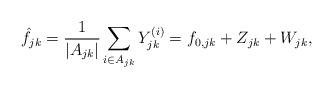
LaTeX: \begin{align*}\hat{f}_{jk}&=\frac{1}{|A_{jk}|}\sum_{i\in A_{jk}}Y_{jk}^{(i)}= f_{0,jk}+Z_{jk}+W_{jk},\end{align*}